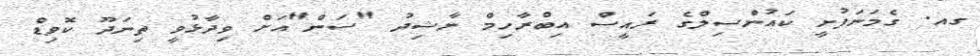
ގއ. ގެމަނަފުށީ ކައުންސިލްގެ ރައީސް އިބްރާހިމް ނާޝިދު "ސަން"އަށް ވިދާޅުވީ ތިނަދޫ ކޮވިޑް